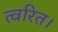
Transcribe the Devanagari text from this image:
त्वरित।